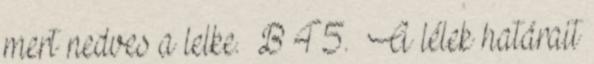
mert nedves a lelke. B 45. A lélek határait